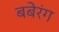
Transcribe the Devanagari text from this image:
बबेरंग